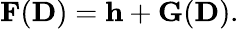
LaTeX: {\displaystyle{\mathbf F}({\mathbf D})={\mathbf h}+{\mathbf G}({\mathbf D})}.